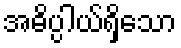
အဓိပ္ပါယ်ရှိသော